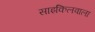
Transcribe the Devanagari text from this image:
साइकिलवाला